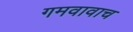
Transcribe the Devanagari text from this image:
गमवावाच